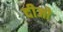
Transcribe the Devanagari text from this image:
दीजो